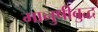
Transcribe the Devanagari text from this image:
मानुषीबुद्ध